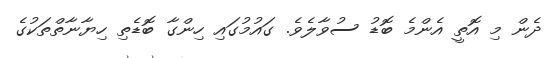
ދެން މި އޮތީ އެންމެ ބޮޑު ސުވާލެވެ. ގައުމުގައި ހިންގާ ބޮޑެތި ހިޔާނާތްތަކުގެ